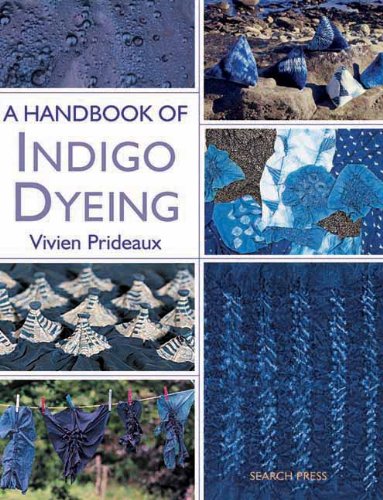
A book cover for A Handbook of Indigo Dyeing; Vivien Prideaux; Crafts, Hobbies & Home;